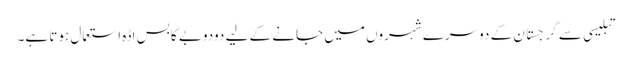
تبلیسی سے گرجستان کے دوسرے شہروں میں جانے کے لیے دودوبے کا بس اڈہ استعمال ہوتا ہے۔